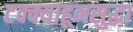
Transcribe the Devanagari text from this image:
टक्क्याहूनसुद्धा